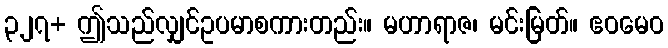
၃၂၇+ ဤသည်လျှင်ဥပမာစကားတည်း။ မဟာရာဇ၊ မင်းမြတ်။ ဧဝမေဝ